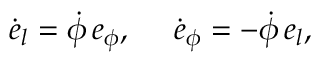
\dot { \boldsymbol { e } } _ { l } = \dot { \phi } \, \boldsymbol { e } _ { \phi } , ~ ~ ~ ~ \dot { \boldsymbol { e } } _ { \phi } = - \dot { \phi } \, \boldsymbol { e } _ { l } ,